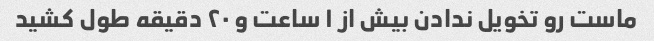
ماست رو تخویل ندادن بیش از ۱ ساعت و ۲۰ دقیقه طول کشید